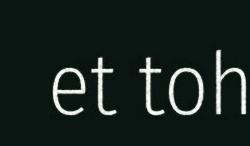
et toh